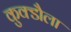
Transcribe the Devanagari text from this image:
कुक्डौला